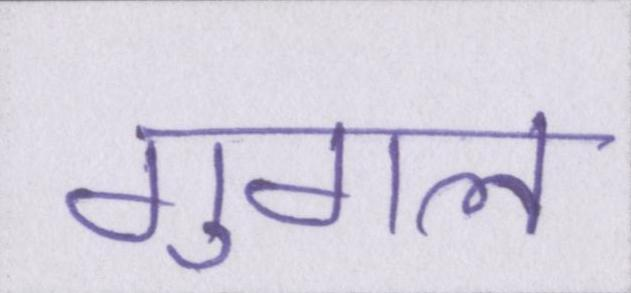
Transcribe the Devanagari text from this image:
गुगल